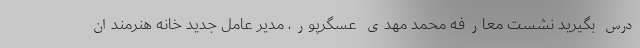
درس بگیرید نشست معارفه محمد مهدی عسگرپور، مدیر عامل جدید خانه هنرمندان